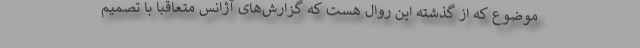
موضوع که از گذشته این روال هست که گزارش‌های آژانس متعاقباً با تصمیم